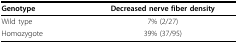
<table><thead><tr><td><b>Genotype</b></td><td><b>Decreased nerve fiber density</b></td></tr></thead><tbody><tr><td>Wild type</td><td>7% (2/27)</td></tr><tr><td>Homozygote</td><td>39% (37/95)</td></tr></tbody></table>